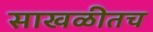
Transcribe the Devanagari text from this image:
साखळीतच